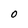
Character: O